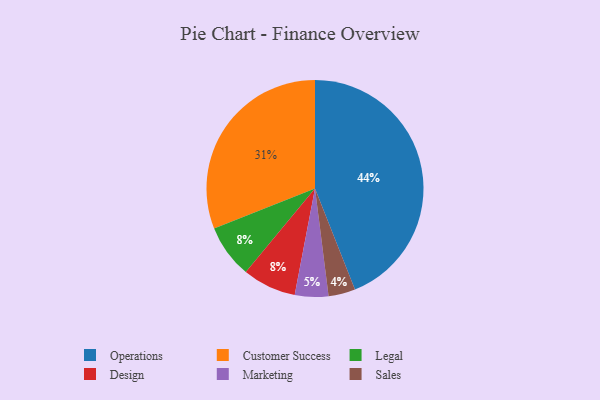
{"axis": {"x": "Category", "y": "Percentage"}, "legend": ["Customer Success", "Design", "Legal", "Marketing", "Operations", "Sales"], "data": [{"x": "Marketing", "y": 5, "type": "Marketing"}, {"x": "Sales", "y": 4, "type": "Sales"}, {"x": "Legal", "y": 8, "type": "Legal"}, {"x": "Design", "y": 8, "type": "Design"}, {"x": "Operations", "y": 44, "type": "Operations"}, {"x": "Customer Success", "y": 31, "type": "Customer Success"}]}